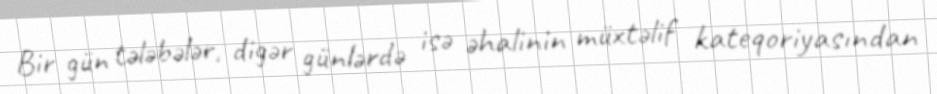
Bir gün tələbələr, digər günlərdə isə əhalinin müxtəlif kateqoriyasından